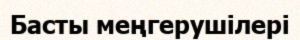
Басты меңгерушілері